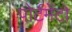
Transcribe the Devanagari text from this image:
पोर्टमेंटो